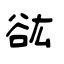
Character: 谹